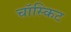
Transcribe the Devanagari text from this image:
चॉस्किट